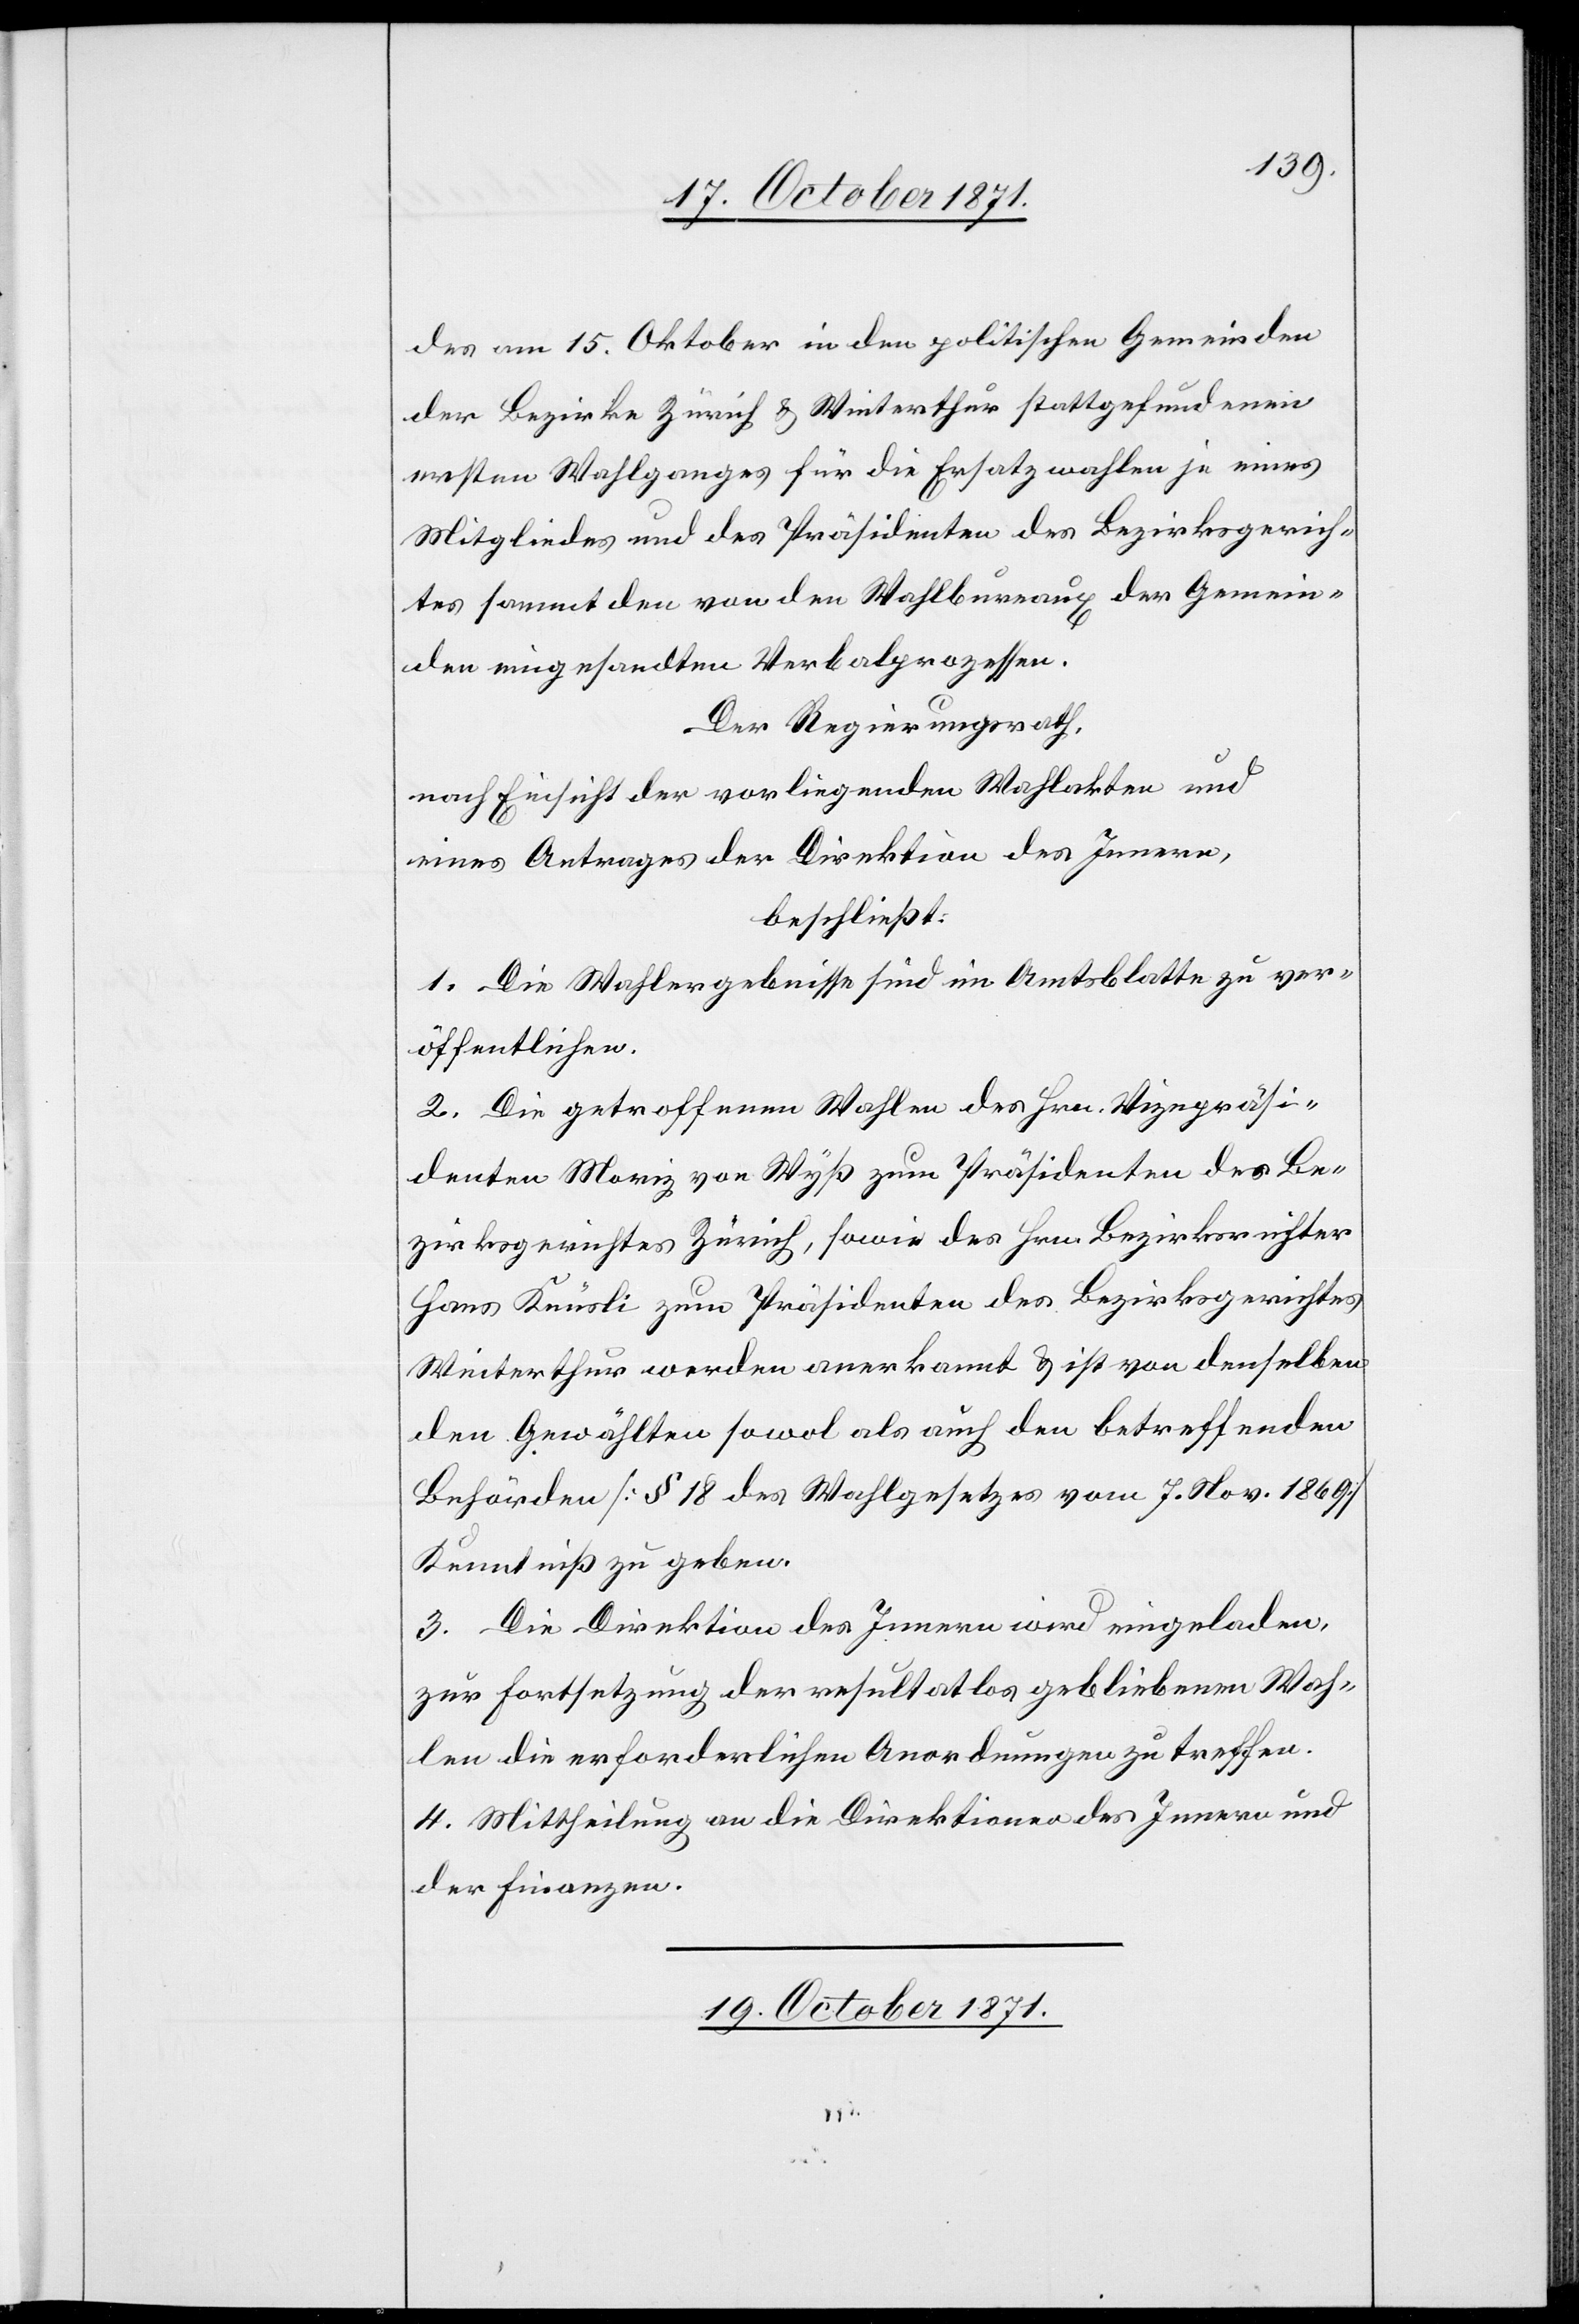
des am 15. Oktober in den politischen Gemeinden
der Bezirke Zürich & Winterthur stattgefundenen
ersten Wahlganges für die Ersatzwahlen je eines
Mitgliedes und des Präsidenten des Bezirksgerich¬
tes sammt den von den Wahlbureaux der Gemein¬
den eingesandten Verbalprozessen.
Der Regierungsrath,
nach Einsicht der vorliegenden Wahlakten und
eines Antrages der Direktion des Innern,
beschließt:
1. Die Wahlergebnisse sind im Amtsblatte zu ver¬
öffentlichen.
2. Die getroffenen Wahlen der Hrn. Vizepräsi¬
denten Moriz von Wyß zum Präsidenten des Be¬
zirksgerichtes Zürich, sowie des Hrn. Bezirksrichter
Hans Knüsli zum Präsidenten des Bezirksgerichtes
Winterthur werden anerkannt & ist von denselben
den Gewählten sowol als auch den betreffenden
Behörden [§ 18 des Wahlgesetzes vom 7. Nov. 1869]
Kenntniß zu geben.
3. Die Direktion des Innern wird eingeladen,
zur Fortsetzung der resultatlos gebliebenen Wah¬
len die erforderlichen Anordnungen zu treffen.
4. Mittheilung an die Direktionen des Innern und
der Finanzen.